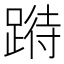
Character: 𨃉